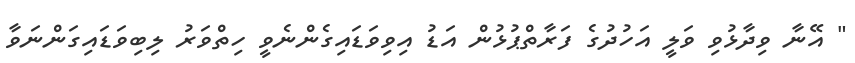
" އޭނާ ވިދާޅުވި ވަލީ އަހުދުގެ ފަރާތްޕުޅުން އަޑު އިވިވަޑައިގެންނެވީ ހިތްވަރު ލިބިވަޑައިގަންނަވާ